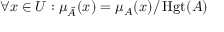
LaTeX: \forall x \in { U } : \mu _ { \tilde { A } } ( x ) = \mu _ { A } ( x ) / \operatorname { H g t } ( A )